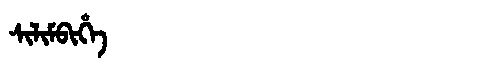
Manchu: ᠰᡳᠯᡳᠮᠪᡳᡥᡝ
Romanization: SILIMBIHE